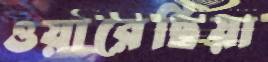
ওয়ারেছিয়া